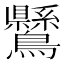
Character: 𪈉